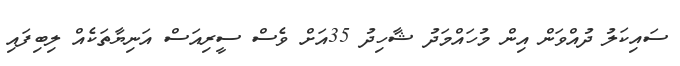
ސައިކަލު ދުއްވަން އިން މުހައްމަދު ޝާހިދު 35އަށް ވެސް ސީރިއަސް އަނިޔާތަކެއް ލިބިފައި